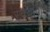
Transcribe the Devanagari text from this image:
स्क्यावोने